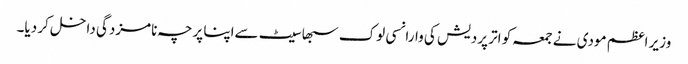
وزیر اعظم مودی نے جمعہ کو اتر پردیش کی وارانسی لوک سبھا سیٹ سےاپنا پرچہ نامزدگی داخل کر دیا۔